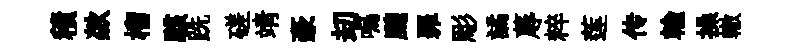
積歘榴駭跣磋靖豪刧嗚颼罪彫譎蓐粹莲传輸操轍